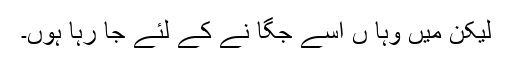
لیکن میں وہا ں اسے جگا نے کے لئے جا رہا ہوں۔